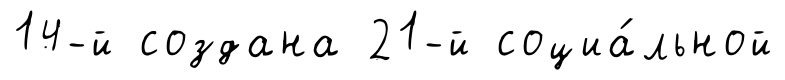
14-й создана 21-й социа́льной